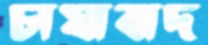
চাষাবাদ